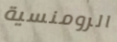
الرومنسية